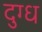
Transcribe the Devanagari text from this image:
दुग्‍ध